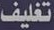
تغليف